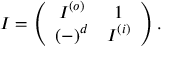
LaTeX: I = \left( \begin{array} { c c } { { I ^ { ( o ) } } } & { { 1 } } \\ { { ( - ) ^ { d } } } & { { I ^ { ( i ) } } } \end{array} \right) .